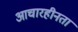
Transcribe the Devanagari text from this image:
आचारहीनता